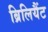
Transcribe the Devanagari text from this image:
ब्रिलियैंट